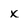
Character: X